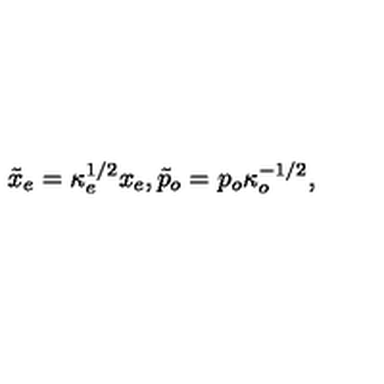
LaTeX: \tilde { x } _ { e } = \kappa _ { e } ^ { 1 / 2 } x _ { e } , \tilde { p } _ { o } = p _ { o } \kappa _ { o } ^ { - 1 / 2 } ,